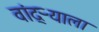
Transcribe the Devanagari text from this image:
वांद्‌ऱ्याला